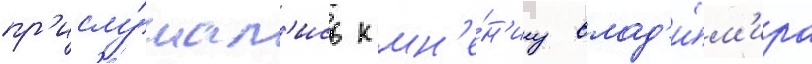
пр'ислу́шал'ись к мн'е́н'иу влад'и́м'ира